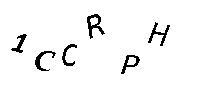
1CCRPH